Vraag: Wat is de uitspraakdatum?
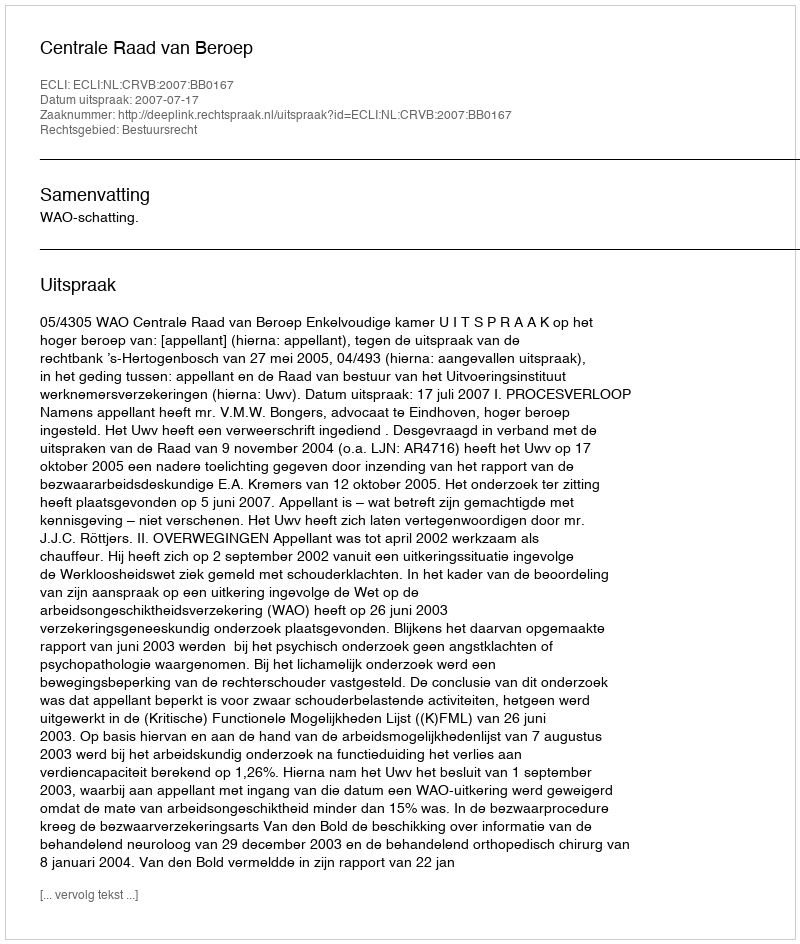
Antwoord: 2007-07-17